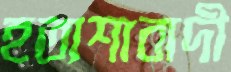
হতাশাবাদী